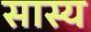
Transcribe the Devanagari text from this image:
सास्य